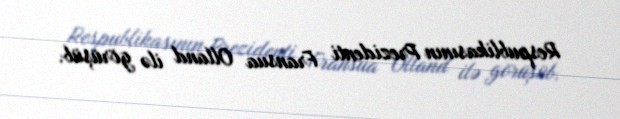
Respublikasının Prezidenti Fransua Olland ilə görüşüb.